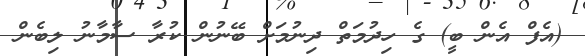
(އެފް އެން ބީ) ގެ ހިދުމަތް ދިނުމަށް ބޭނުން ކުރާ ސާމާނު ލިބެން